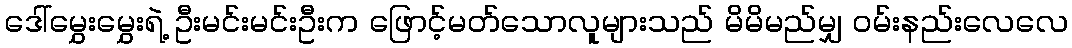
ဒေါ်မွှေးမွှေးရဲ့ ဦးမင်းမင်းဦးက ဖြောင့်မတ်သောလူများသည် မိမိမည်မျှ ဝမ်းနည်းလေလေ